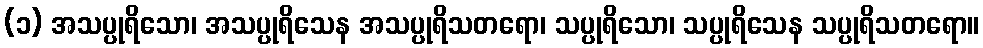
(၁) အသပ္ပုရိသော၊ အသပ္ပုရိသေန အသပ္ပုရိသတရော၊ သပ္ပုရိသော၊ သပ္ပုရိသေန သပ္ပုရိသတရော။